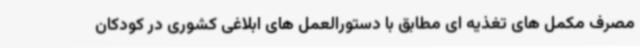
مصرف مکمل های تغذیه ای مطابق با دستورالعمل های ابلاغی کشوری در کودکان